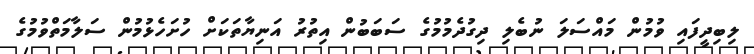
ލިބިދީފައި ވުމުން މައްސަލަ ނުބެލި ދިގުދެމުމުގެ ސަބަބުން އިތުރު އަނިޔާތަކަށް ހުށަހެޅުމުން ސަލާމަތްވުމުގެ